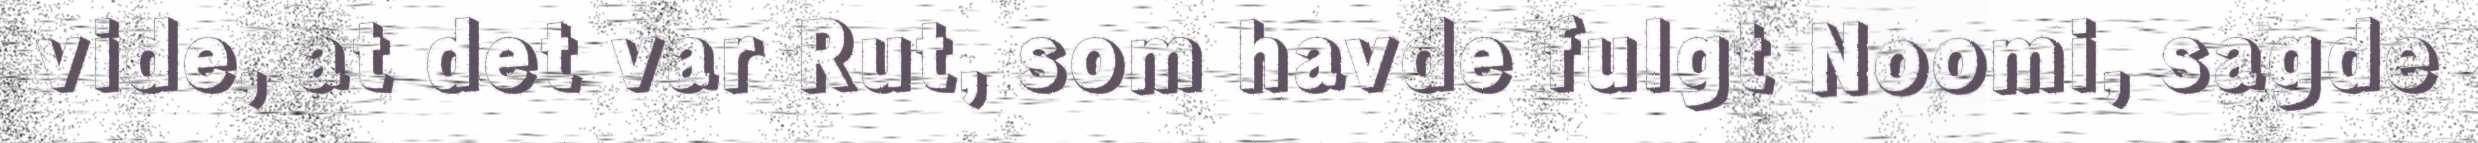
vide, at det var Rut, som havde fulgt Noomi, sagde